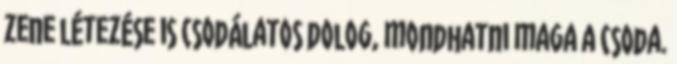
zene létezése is csodálatos dolog, mondhatni maga a csoda.